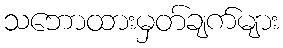
သဘောထားမှတ်ချက်များ